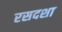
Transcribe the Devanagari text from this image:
रसदशा